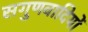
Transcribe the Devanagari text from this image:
सगुणवादियों